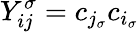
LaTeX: Y_{ij}^{\sigma}=c_{{j_{\sigma}}}c_{{i_{\sigma}}}